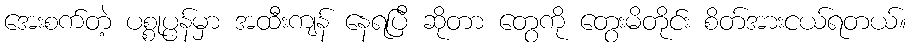
အေးစက်တဲ့ ပစ္စုပ္ပန်မှာ အထီးကျန် နေရပြီ ဆိုတာ တွေကို တွေးမိတိုင်း စိတ်အားငယ်ရတယ်။